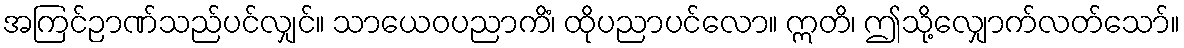
အကြင်ဉာဏ်သည်ပင်လျှင်။ သာယေဝပညာကိံ၊ ထိုပညာပင်လော။ ဣတိ၊ ဤသို့လျှောက်လတ်သော်။